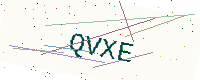
Text: QVXE